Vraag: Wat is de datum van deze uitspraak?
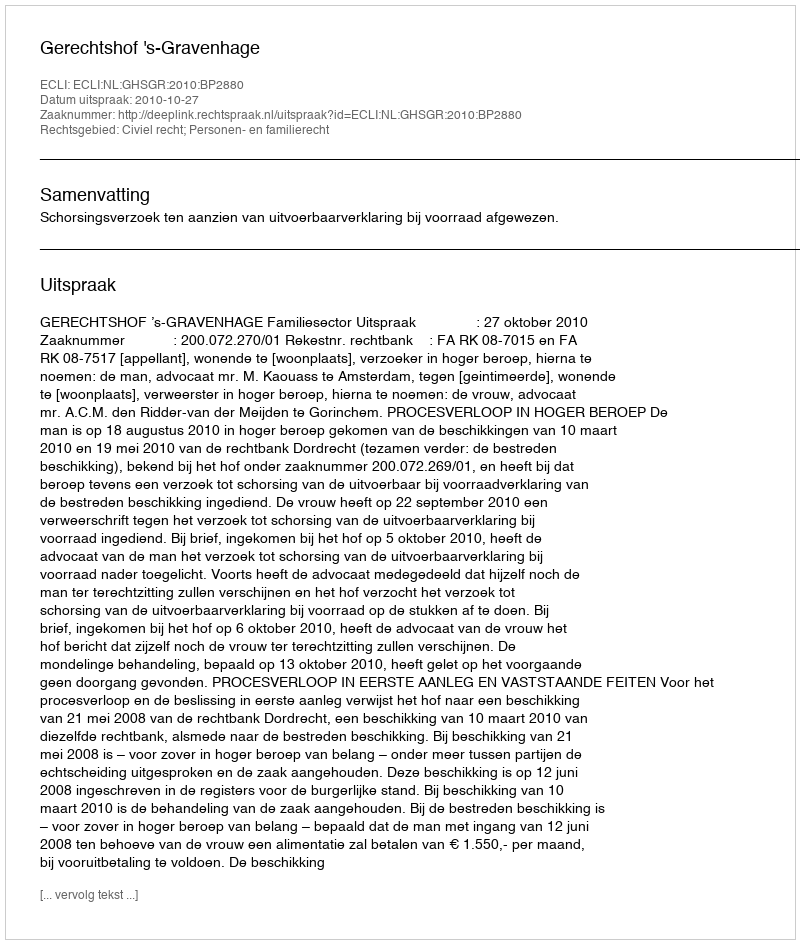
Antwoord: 2010-10-27